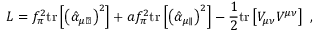
{ \cal L } = f _ { \pi } ^ { 2 } \mathrm { t r } \left[ \left( \hat { \alpha } _ { \mu \perp } \right) ^ { 2 } \right] + a f _ { \pi } ^ { 2 } \mathrm { t r } \left[ \left( \hat { \alpha } _ { \mu \parallel } \right) ^ { 2 } \right] - \frac { 1 } { 2 } \mathrm { t r } \left[ V _ { \mu \nu } V ^ { \mu \nu } \right] \ ,